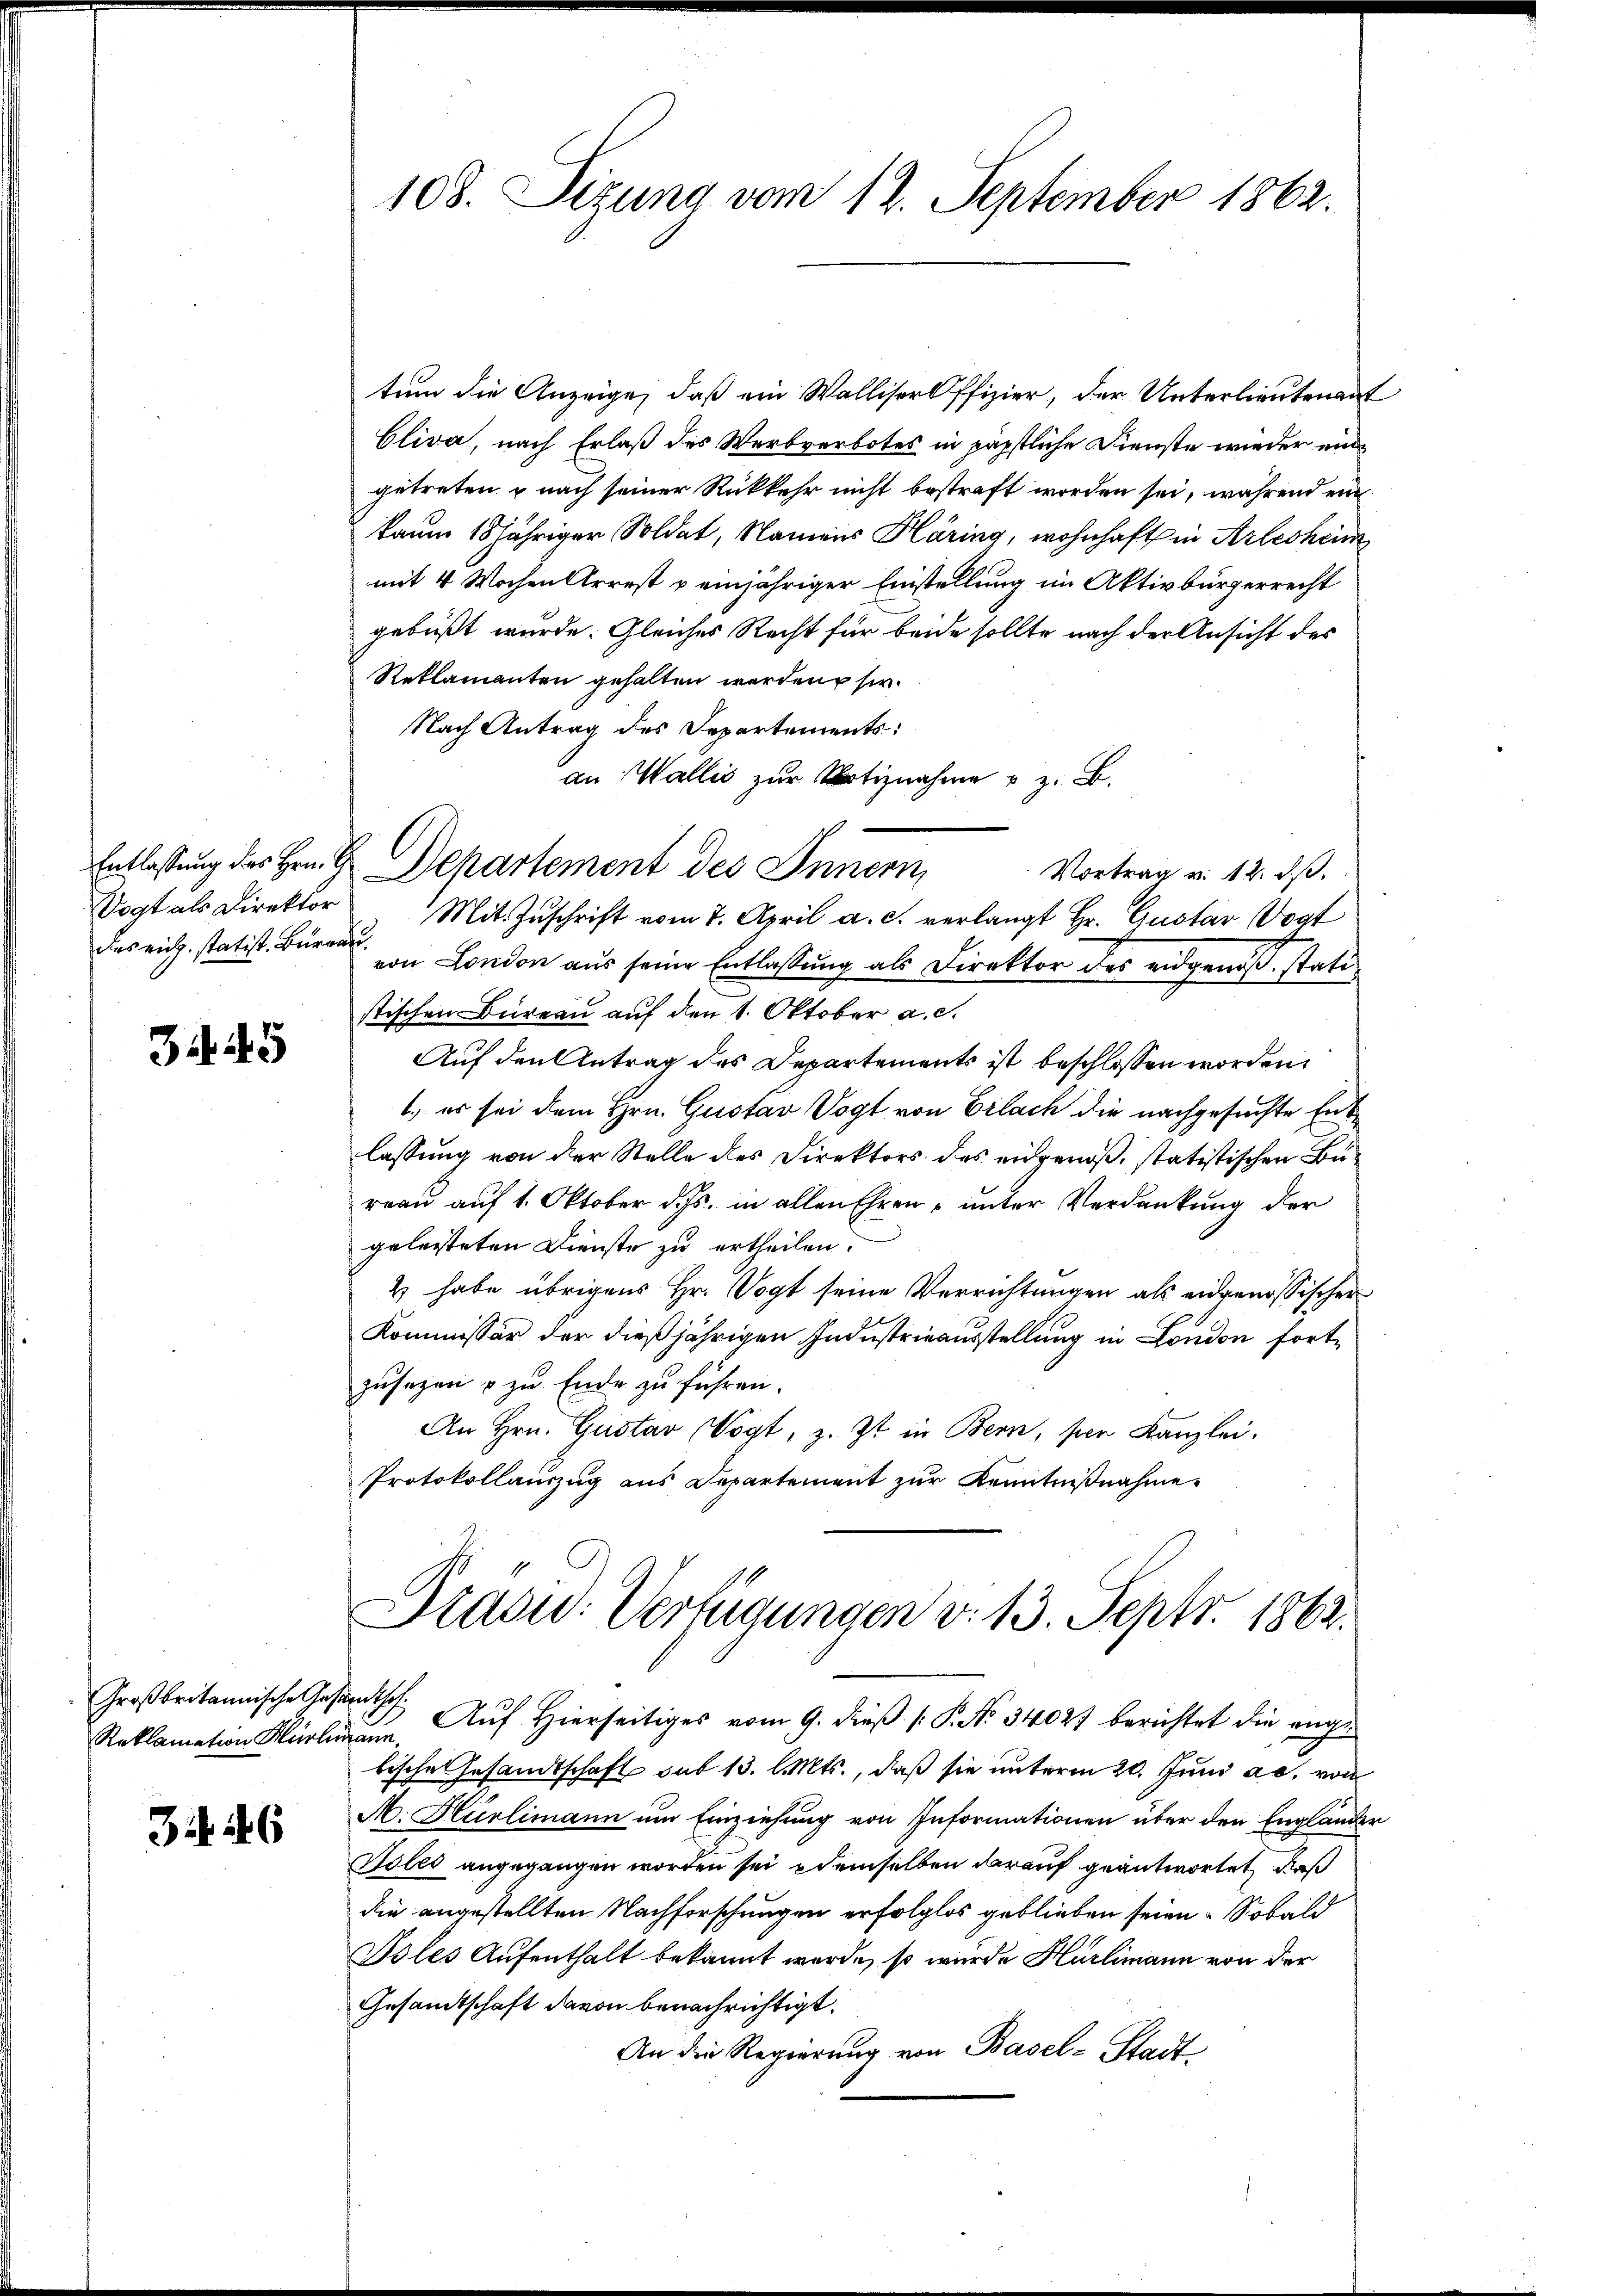
Vogt als Direktor
des rich. statist. Bureau.

34. 45

Großbritannische Gesandthof.

3 S. 26

108. Sizung vom 12. September 1862.

tum die Anzeige, daß ein Walliserl ffizier, der Unterlieutenant
Oliva, nach Erlaß des Werbverbotes in päpstliche Dienste wieder eingetreten u nach seiner Rückkehr nicht bestraft worden sei, während ein
kaum 18 jähriger Soldat, Namens Kläring, wohnhaft in Arlesheim
mit 4 Wochen Arrest u einjähriger Einstellung im Aktivbürgerrecht
gebüßt wurde. Gleiches Recht für beide sollte nach der Ansicht des
Reklamanten gehalten werden sie.
Nach Antrag des Departements:
an Wallis zur Notiznahme u. z. B.
Vortrag v. 12. dβ.
Mit Zuschrift vom 7. April a. c. verlangt Hr. Gustav Vogt
von London aus seine Entlassung als Direktor des eidgenoß, statistischen Büreau auf den 1. Oktober a. c.
Auf den Antrag des Departements ist beschlossen worden,
1., es sei dem Hrn. Gustav Vogt von Erlach die nachgesuchte Entlassung von der Stelle des Direktors des eidgenoß, statistischen Bureau auf 1. Oktober d. Js. in allen Ehren – unter Verdankung der
gelesteten Dienste zu ertheilen.
4 habe übrigens Hr. Vogt seine Verrichtungen als eidgenössischen
Kommissär der dießjährigen Industrieausstellung in London fortzusagen u zu Ende zu führen.
An Hrn. Gustav Vogt, z. Zt. in Bern, per Kanzlei.
Protokollauszug aus Departement zur Kenntnißnahme¬
Drasu: Verfügungen v. 13. Sept. 1862.
Reklamation Karl Auf Hierseitiges vom 9. dieß P. No 34027 berichtet die ange
tische Gesandtschaft sub 13. l. Mts., daß sie unterm 20. Juni a.c. von
A. Hürlimann um Einziehung von Informationen über den Englande.
Voles angegangen worden sei, demselben darauf geantwortet, dieß
die angestellten Nachforschungen erfolglos geblieben seien. Sobald
Vdles Aufenthalt bekannt werde, so wurde Hürlimann von der
Gesamtschaft davon benachrichtigt.
An die Regierung von Basel-Stadt-

Entlassung des Hrn. G. Departement des Innern,